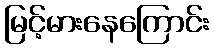
မြင့်မားနေကြောင်း